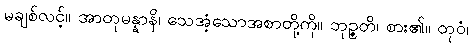
မချစ်လင့်။ အာတုမန္နာနိ၊ သေအံ့သောအစာတို့ကို။ ဘုဉ္ဇတိ၊ စား၏။ တုဝံ၊